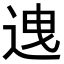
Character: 𨒧